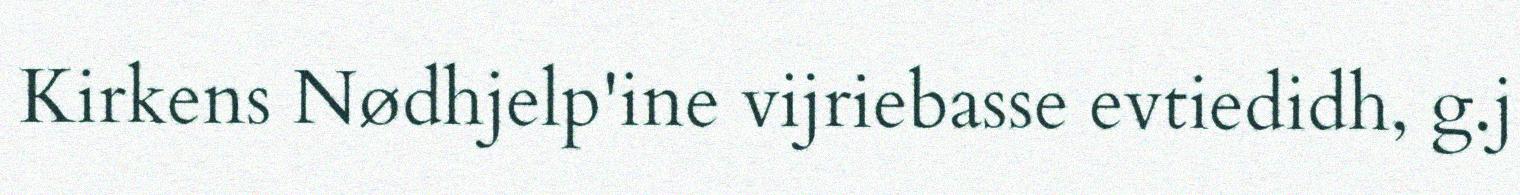
Kirkens Nødhjelp'ine vijriebasse evtiedidh, g.j